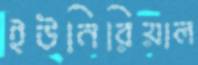
ইউনিরিয়াল